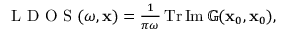
\begin{array} { r } { \textrm { L D O S } ( \omega , \mathbf { x } ) = \frac { 1 } { \pi \omega } \operatorname { T r } \operatorname { I m } \mathbb { G } ( \mathbf { x } _ { 0 } , \mathbf { x } _ { 0 } ) , } \end{array}